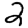
Digit: 2